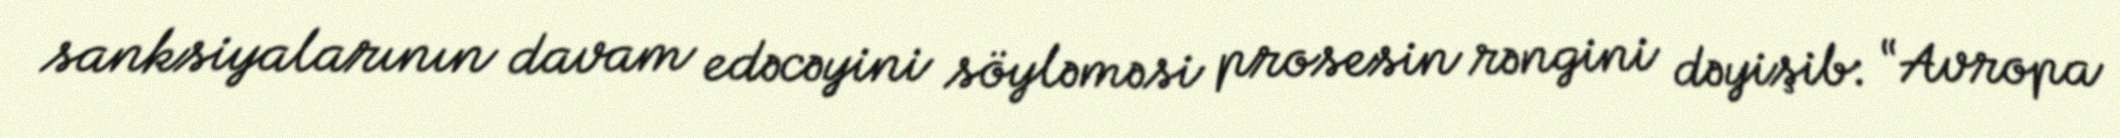
sanksiyalarının davam edəcəyini söyləməsi prosesin rəngini dəyişib: “Avropa